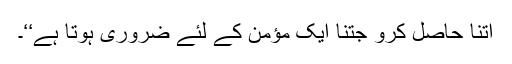
اتنا حاصل کرو جتنا ایک مؤمن کے لئے ضروری ہوتا ہے‘‘۔